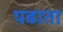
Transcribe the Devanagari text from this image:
पढाता